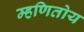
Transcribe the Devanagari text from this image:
म्हणितोय